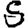
Digit: 5